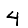
Digit: 4